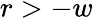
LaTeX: r>-w